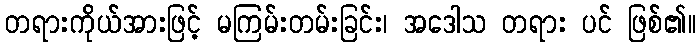
တရားကိုယ်အားဖြင့် မကြမ်းတမ်းခြင်း၊ အဒေါသ တရား ပင် ဖြစ်၏။